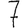
Digit: 7